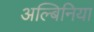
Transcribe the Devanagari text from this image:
अल्बिनिया